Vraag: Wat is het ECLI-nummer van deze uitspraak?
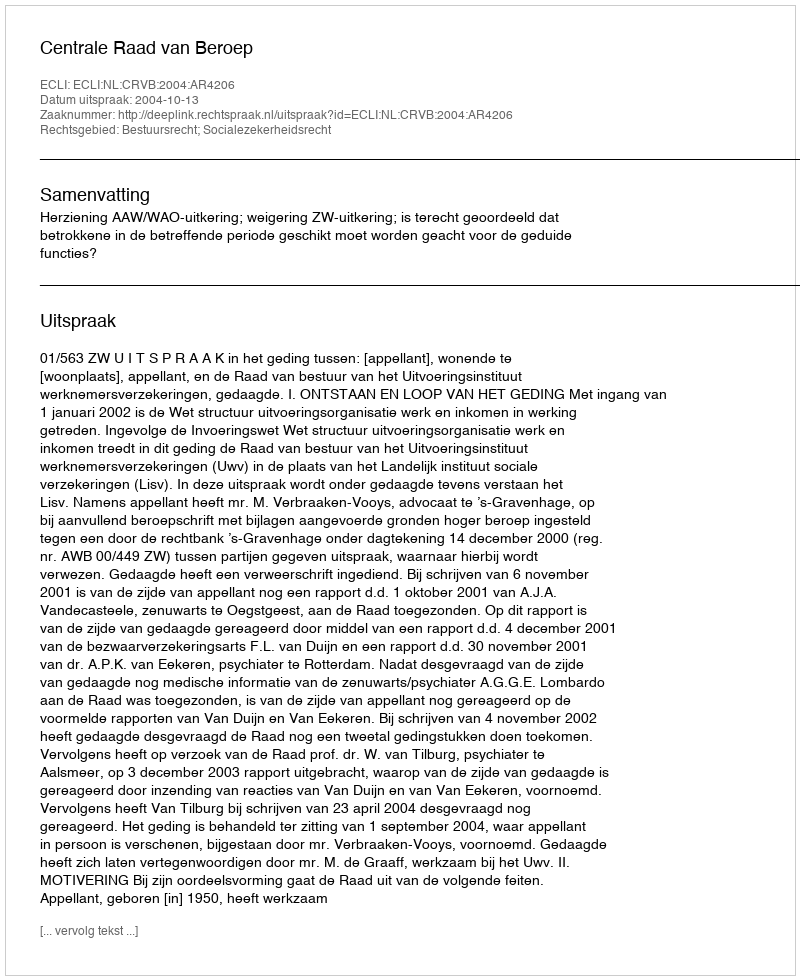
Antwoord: ECLI:NL:CRVB:2004:AR4206